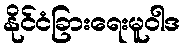
နိုင်ငံခြားရေးမူဝါဒ